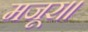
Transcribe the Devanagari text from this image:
मजूर।।